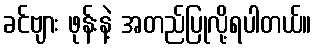
ခင်ဗျား ဖုန်းနဲ့ အတည်ပြုလို့ရပါတယ်။